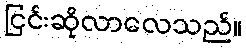
ငြင်းဆိုလာလေသည်။